Indian journal of veterinary science and animal husbandry - Volume 9,
Year: 1939
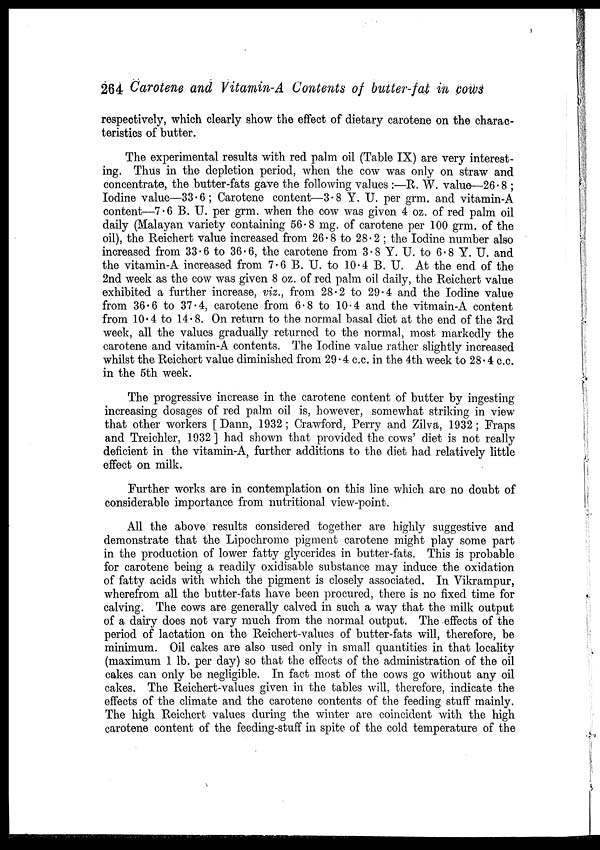
264 Carotene and Vitamin-A Contents of butter-fat in cows
respectively, which clearly show the effect of dietary carotene on the charac-
teristics of butter.
The experimental results with red palm oil (Table IX) are very interest-
ing. Thus in the depletion period, when the cow was only on straw and
concentrate, the butter-fats gave the following values :—R. W. value—26.8 ;
Iodine value—33.6 ; Carotene content—3.8 Y. U. per grm. and vitamin-A
content—7.6 B. U. per grm. when the cow was given 4 oz. of red palm oil
daily (Malayan variety containing 56.8 mg. of carotene per 100 grm. of the
oil), the Reichert value increased from 26.8 to 28.2 ; the Iodine number also
increased from 33.6 to 36. 6, the carotene from 3.8 Y. U. to 6.8 Y. U. and
the vitamin.A increased from 7.6 B. U. to 10.4 B. U. At the end of the
2nd week as the cow was given 8 oz. of red palm oil daily, the Reichert value
exhibited a further increase, viz., from 28.2 to 29.4 and the Iodine value
from 36.6 to 37.4, carotene from 6.8 to 10.4 and the vitmain-A content
from 10.4 to 14.8. On return to the normal basal diet at the end of the 3rd
week, all the values gradually returned to the normal, most markedly the
carotene and vitamin-A contents. The Iodine value rather slightly increased
whilst the Reichert value diminished from 29.4 c.c. in the 4th week to 28.4 c.c.
in the 5th week.
The progressive increase in the carotene content of butter by ingesting
increasing dosages of red palm oil is, however, somewhat striking in view
that other workers [ Dann, 1932 ; Crawford, Perry and Zilva, 1932 ; Fraps
and Treichler, 1932 ] had shown that provided the cows' diet is not really
deficient in the vitamin-A, further additions to the diet had relatively little
effect on milk.
Further works are in contemplation on this line which are no doubt of
considerable importance from nutritional view-point.
All the above results considered together are highly suggestive and
demonstrate that the Lipochrome pigment carotene might play some part
in the production of lower fatty glycerides in butter-fats. This is probable
for carotene being a readily oxidisable substance may induce the oxidation
of fatty acids with which the pigment is closely associated. In Vikrampur,
wherefrom all the butter-fats have been procured, there is no fixed time for
calving. The cows are generally calved in such a way that the milk output
of a dairy does not vary much from the normal output. The effects of the
period of lactation on the Reichert-values of butter-fats will, therefore, be
minimum. Oil cakes are also used only in small quantities in that locality
(maximum 1 lb. per day) so that the effects of the administration of the oil
cakes can only be negligible. In fact most of the cows go without any oil
cakes. The Reichert-values given in the tables will, therefore, indicate the
effects of the climate and the carotene contents of the feeding stuff mainly.
The high Reichert values during the winter are coincident with the high
carotene content of the feeding-stuff in spite of the cold temperature of the